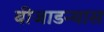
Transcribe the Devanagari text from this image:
बीजाडन्यास